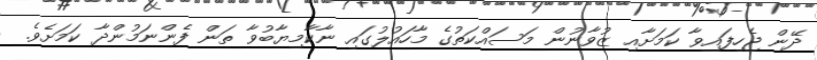
ދޭން ޖެހިފައިވާ ކަމަށާއި ޒުވާނުން މަސައްކަތުގެ މާހައުލުގައި ނާކާމިޔާބުވާ ތަން ފެންނަމުންދާ ކަމަށެވެ.